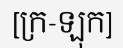
[ក្រ-ឡុក]